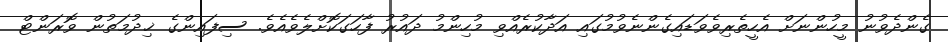
ގެންދެވުނު މީހުންނަށް އެހީތެރިވެވަޑައިގެންނެވުމުގައި އަދާކުރެއްވި މުހިންމު ދައުރު ފާހަގަކޮށްލެވެއެވެ. ސިފައިންގެ ޚިދުމަތުން ވޮރަންޓް